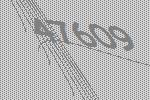
47609